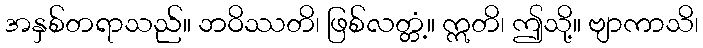
အနှစ်တရာသည်။ ဘဝိဿတိ၊ ဖြစ်လတ္တံ့။ ဣတိ၊ ဤသို့။ ဗျာကာသိ၊